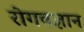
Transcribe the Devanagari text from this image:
रोगवज्ञान